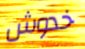
خدوش